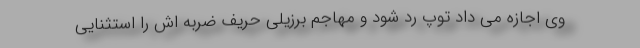
وی اجازه می داد توپ رد شود و مهاجم برزیلی حریف ضربه اش را استثنایی